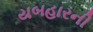
યબહારની